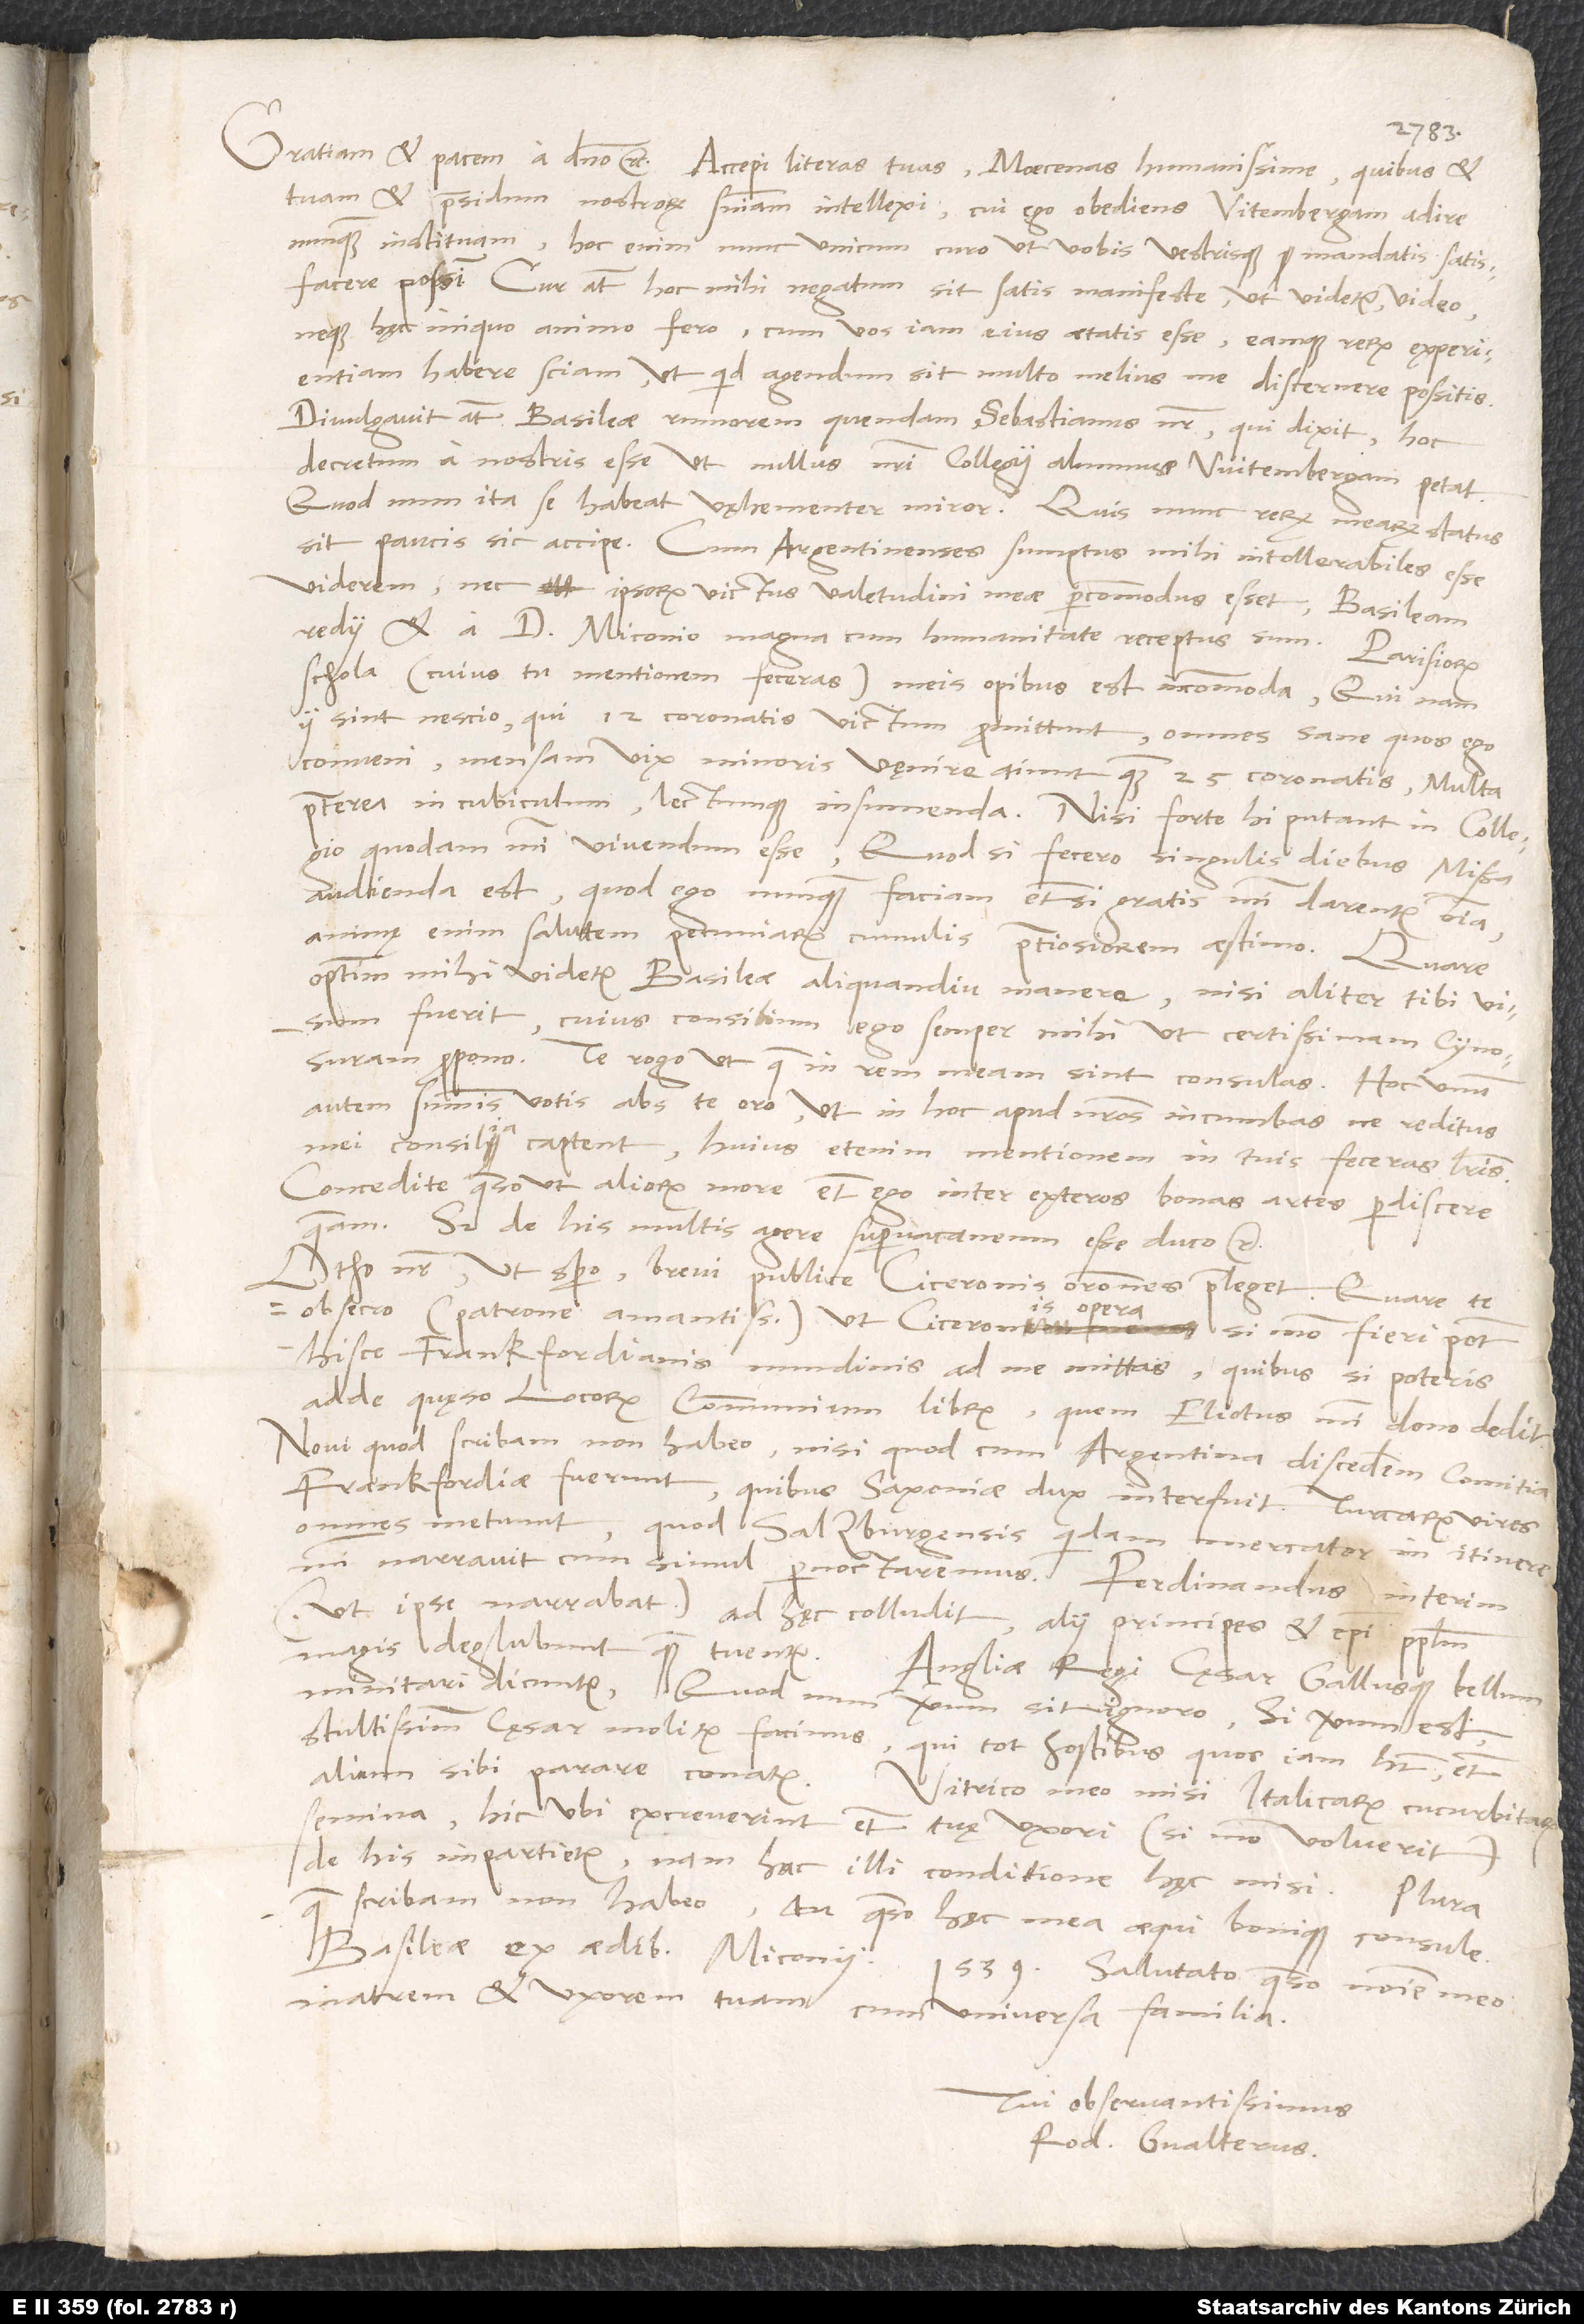
tuam et praesidum nostrorum sententiam intellexi, cui ego obediens Vitembergam adire
nunquam instituam; hoc enim nunc unicum curo, ut vobis vestrisque mandatis satisfacere
possim. Cur autem hoc mihi negatum sit, satis manifeste, ut videtur, video
neque hęc iniquo animo fero, cum vos iam eius aetatis esse eamque rerum experientiam
habere sciam, ut, quid agendum sit, multo melius me discernere possitis.
Divulgavit autem Basileae rumorem quendam Sebastianus noster, qui dixit hoc
decretum a nostris esse, ut nullus nostri collegii alumnus Witembergam petat.
sit, paucis sic accipe: Cum Argentinenses sumptus mihi intollerabiles esse
viderem nec ipsorum victus valetudini meae percommodus esset, Basileam
redii et a d. Miconio magna cum humanitate receptus sum. Parisiorum
schola (cuius tu mentionem feceras) meis opibus est incommoda. Qui nam
ii sint, nescio, qui 12 coronatis victum promittunt; omnes sane, quos ego
conveni, mensam vix minoris vęnire aiunt quam 25 coronatis. Multa
praeterea in cubiculum lectumque insumenda, nisi forte hi putant in collegio
quodam mihi vivendum esse; quod si fecero, singulis diebus missa
audienda est, quod ego nunquam faciam, etiamsi gratis mihi darentur omnia;
animę enim salutem pecuniarum cumulis pretiosiorem aestimo. Quare
optimum mihi videtur Basileae aliquandiu manere, nisi aliter tibi visum
fuerit, cuius consilium ego semper mihi ut certissimam Cynosuram
propono. Te rogo, ut, quae in rem meam sint, consulas. Hoc unum
autem summis votis abs te oro, ut in hoc apud nostros incumbas, ne reditus
mei consilia captent; huius etenim mentionem in tuis feceras literis.
Concedite, quaeso, ut aliorum more etiam ego inter exteros bonas artes perdiscere
queam. Sed de his multis agere supervacaneum esse duco etc.
Otho noster, ut spero, brevi publice Ciceronis orationes praeleget. Quare te
obsecro (patrone amantissime), ut Ciceronis opera, si modo fieri potest,
hisce Frankfordianis nundinis ad me mittas; quibus, si poteris,
adde, quęso, locorum communium librum, quem Eliotus mihi dono dedit.
Novi, quod scribam, non habeo, nisi quod, cum Argentina discederem, comitia
Frankfordiae fuerunt, quibus Saxoniae dux interfuit. Turcarum vires
omnes metuunt, quod Salzburgensis quidam mercator in itinere
mihi narravit, cum simul pernoctaremus. Ferdinandus interim
(ut ipse narrabat) ad hęc colludit; alii principes et episcopi populum
magis deglubunt quam tuentur.
Angliae regi cęsar Gallusque bellum
minitari dicuntur. Quod num verum sit, ignoro. Si verum est,
stultissimum cęsar molitur facinus, qui tot hostibus, quos iam habet, etiam
semina; hic, ubi excreverint, etiam tuę uxori (si modo voluerit)
de his impartietur, nam hac illi conditione hęc misi.
quae scribam, non habeo. Tu, quaeso, hęc mea aequi bonique consule.
matrem et uxorem tuam cum universa familia.
Tui observantissimus
Rod. Gvalterus.